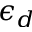
\epsilon _ { d }